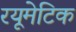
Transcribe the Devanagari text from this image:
रयूमेटिक